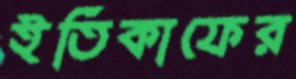
ইতিকাফের